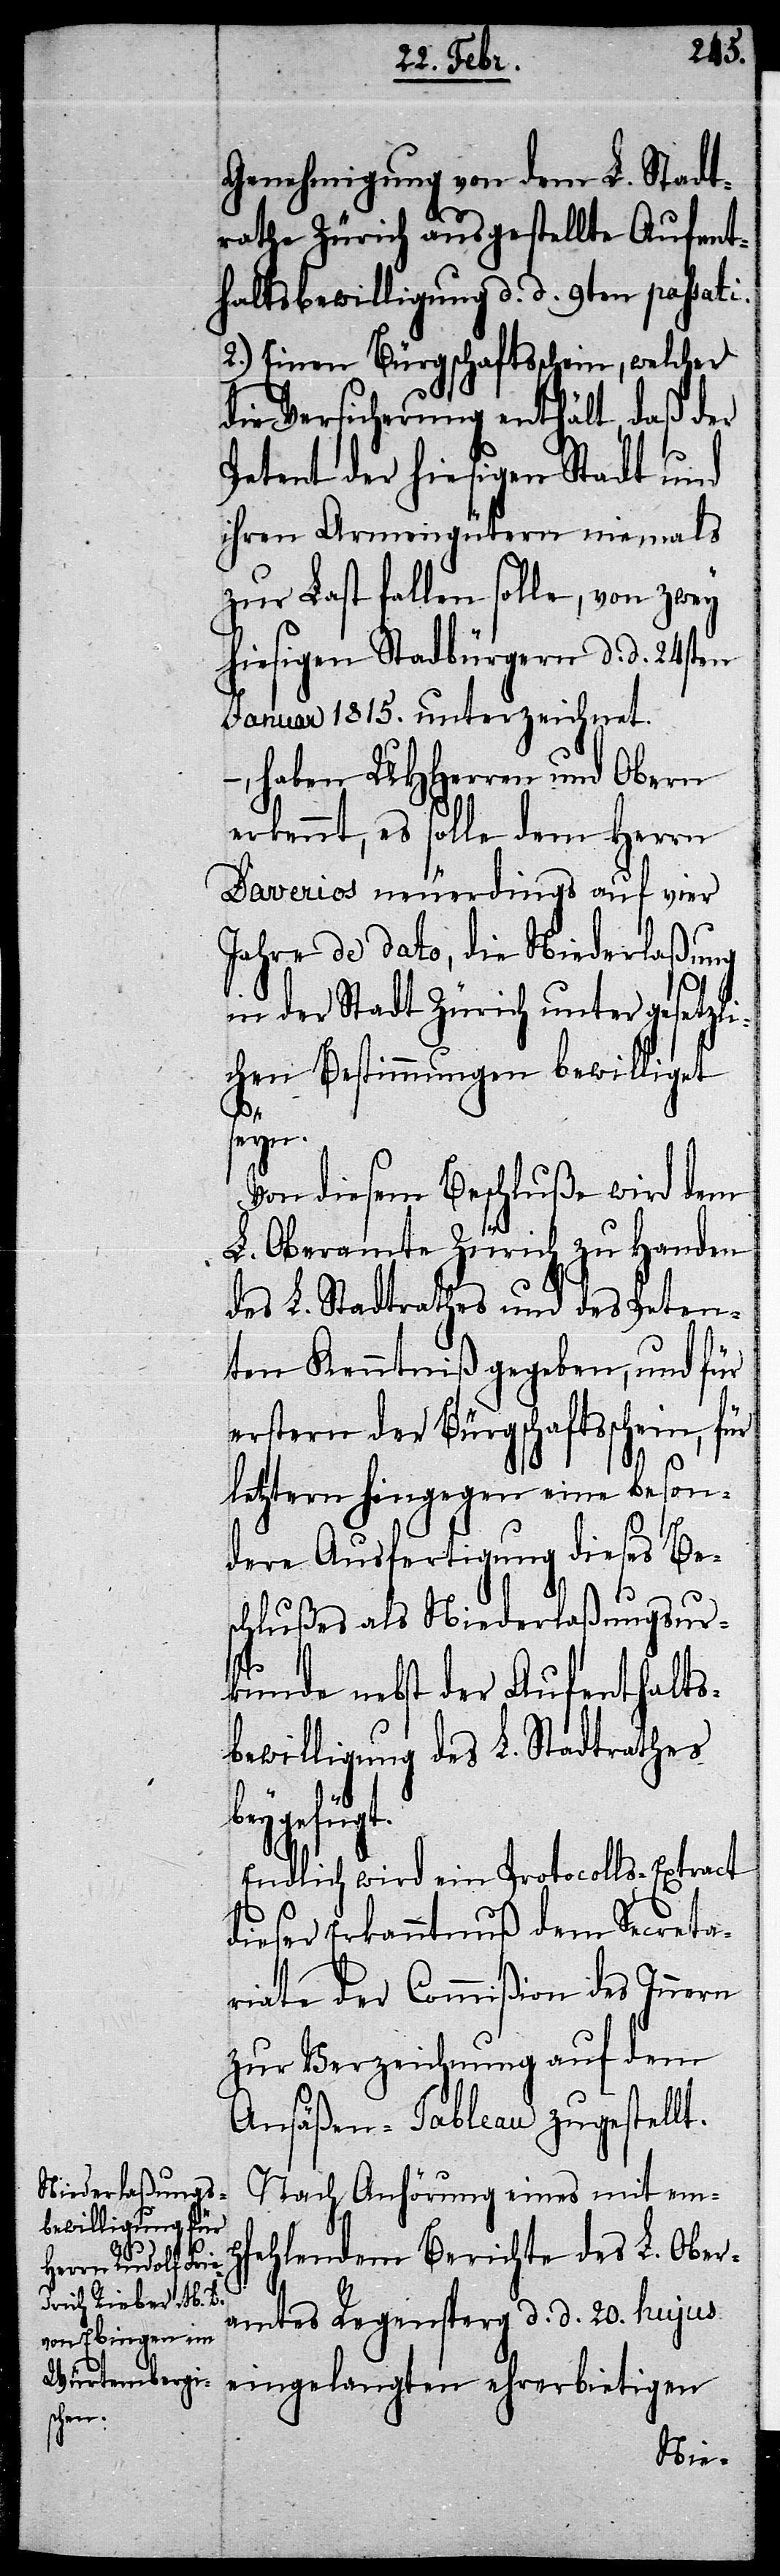
Genehmigung von dem L. Stadt¬
rathe Zürich ausgestellte Aufent¬
haltsbewilligung d. d. 9ten passati.
2.) Einen Bürgschaftsschein, welcher
die Versicherung enthält, daß der
Petent der hiesigen Stadt und
ihren Armengütern niemals
zur Last fallen solle, von zwey
hiesigen Stad[t]bürgern d. d. 24sten
Januar 1815. unterzeichnet.
–, haben UHHerren und Obern
erkennt, es solle dem Herrn
Daverios neuerdings auf vier
Jahre de dato, die Niederlaßung
in der Stadt Zürich unter gesetzli¬
chen Bestimmungen bewilliget
seyn.
Von diesem Beschluße wird dem
L. Oberamte Zürich zu Handen
des L Stadtrathes und des Peten¬
ten Kenntniß gegeben, und für
erstern der Bürgschaftsschein, für
letztern hingegen eine beson¬
dere Ausfertigung dieses Be¬
schlußes als Niederlaßungsur¬
kunde nebst der Aufenthalts¬
bewilligung des L. Stadtrathes
beygefügt.
Endlich wird ein Protocolls-Extract
dieser Erkanntnuß dem Secreta¬
riate der Commißion des Innern
zur Verzeichnung auf dem
Ansäßen-Tableau zugestellt.
Nach Anhörung eines mit emp¬
fehlendem Berichte des L. Ober¬
amtes Regensperg d. d. 20. hujus
eingelangten ehrerbietigen